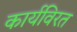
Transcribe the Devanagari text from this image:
कार्यविरत